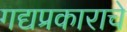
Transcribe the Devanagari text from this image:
गद्यप्रकाराचे